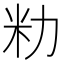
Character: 𫦨